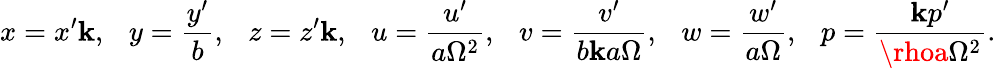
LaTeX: x=x^{\prime}\mathbf{k},\ \ \ y=\frac{{y^{\prime}}}{{b}},\ \ \ z=z^{\prime}\mathbf{k},\ \ \ u=\frac{{u^{\prime}}}{{a\Omega^{2}}},\ \ \ v=\frac{{v^{\prime}}}{{b\mathbf{k}a\Omega}},\ \ \ w=\frac{{w^{\prime}}}{{a\Omega}},\ \ \ p=\frac{{\mathbf{k}p^{\prime}}}{{\rhoa\Omega^{2}}}.